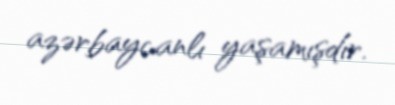
azərbaycanlı yaşamışdır.